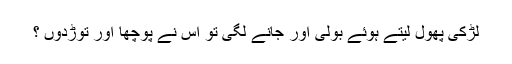
لڑکی پھول لیتے ہوئے بولی اور جانے لگی تو اس نے پوچھا اور توڑدوں ؟